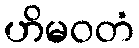
ဟိမဝတံ